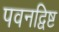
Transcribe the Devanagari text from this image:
पवनद्विष्ट